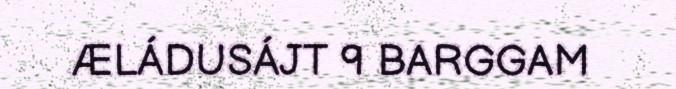
ÆLÁDUSÁJT 9 BARGGAM